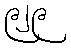
၉၂၉